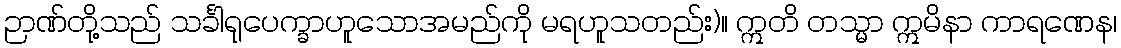
ဉာဏ်တို့သည် သင်္ခါရုပေက္ခာဟူသောအမည်ကို မရဟူသတည်း)။ ဣတိ တသ္မာ ဣမိနာ ကာရဏေန၊